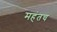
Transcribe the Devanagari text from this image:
महंतच